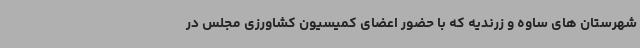
شهرستان های ساوه و زرندیه که با حضور اعضای کمیسیون کشاورزی مجلس در